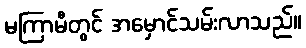
မကြာမီတွင် အမှောင်သမ်းလာသည်။